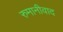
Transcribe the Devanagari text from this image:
रुमानीवाद